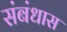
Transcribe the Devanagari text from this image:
संबंधास